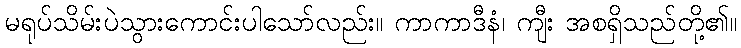
မရုပ်သိမ်းပဲသွားကောင်းပါသော်လည်း။ ကာကာဒီနံ၊ ကျီး အစရှိသည်တို့၏။